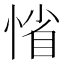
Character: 𢜫